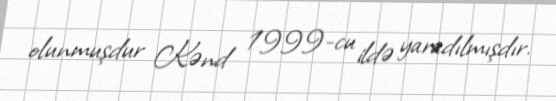
olunmuşdur Kənd 1999-cu ildə yaradılmışdır.